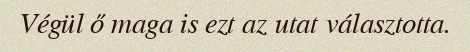
Végül ő maga is ezt az utat választotta.